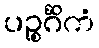
ပဉ္စင်္ဂိကံ